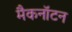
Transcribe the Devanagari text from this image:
मैकनॉटन